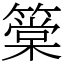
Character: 䉎